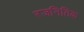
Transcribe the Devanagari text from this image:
रजनितिक